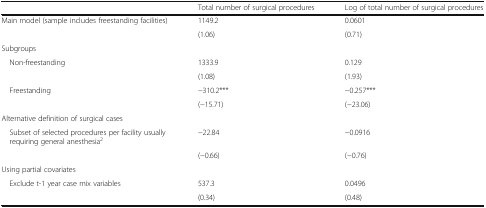
<table><thead><tr><td></td><td><b>Total number of surgical procedures</b></td><td><b>Log of total number of surgical procedures</b></td></tr></thead><tbody><tr><td>Main model (sample includes freestanding facilities)</td><td>1149.2</td><td>0.0601</td></tr><tr><td></td><td>(1.06)</td><td>(0.71)</td></tr><tr><td colspan="3">Subgroups</td></tr><tr><td> Non-freestanding</td><td>1333.9</td><td>0.129</td></tr><tr><td></td><td>(1.08)</td><td>(1.93)</td></tr><tr><td> Freestanding</td><td>−310.2***</td><td>−0.257***</td></tr><tr><td></td><td>(−15.71)</td><td>(−23.06)</td></tr><tr><td colspan="3">Alternative definition of surgical cases</td></tr><tr><td> Subset of selected procedures per facility usually requiring general anesthesia<sup>2</sup></td><td>−22.84</td><td>−0.0916</td></tr><tr><td></td><td>(−0.66)</td><td>(−0.76)</td></tr><tr><td colspan="3">Using partial covariates</td></tr><tr><td> Exclude t-1 year case mix variables</td><td>537.3</td><td>0.0496</td></tr><tr><td></td><td>(0.34)</td><td>(0.48)</td></tr></tbody></table>